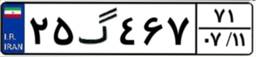
۲۵گ۴۶۷۷۱